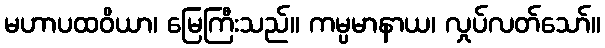
မဟာပထဝိယာ၊ မြေကြီးသည်။ ကမ္ပမာနာယ၊ လှုပ်လတ်သော်။